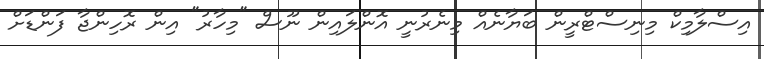
އިސްލާމިކް މިނިސްޓްރީން ބަޔާނެއް މިނެރުނީ އޮންލައިން ނޫސް "މިހާރު" އިން ރޮހިންޖާ ފަންޑަށް